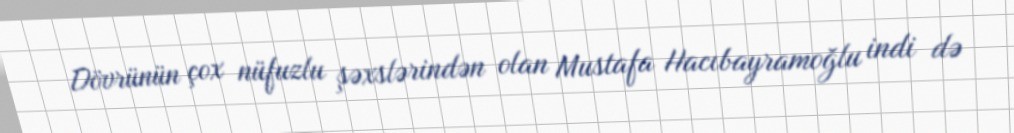
Dövrünün çox nüfuzlu şəxslərindən olan Mustafa Hacıbayramoğlu indi də